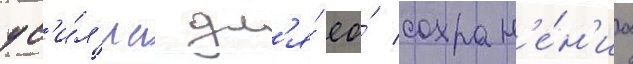
ус'и́л'иа дл'я́ ео́ сохран'е́н'иа